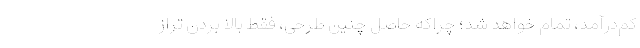
کم‌درآمد، تمام خواهد شد؛ چراکه حاصل چنین طرحی، فقط بالا بردن تراز